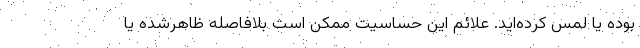
بوده یا لمس کرده‌اید. علائم این حساسیت ممکن است بلافاصله ظاهرشده یا